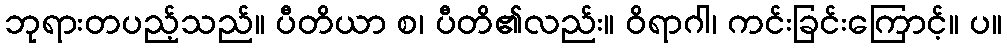
ဘုရားတပည့်သည်။ ပီတိယာ စ၊ ပီတိ၏လည်း။ ဝိရာဂါ၊ ကင်းခြင်းကြောင့်။ ပ။